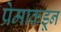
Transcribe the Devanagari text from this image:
प्रेमाकडून